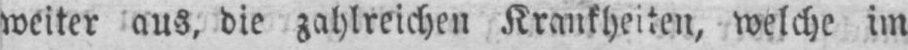
weiter aus, die zahlreichen Krankheiten, welche im